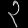
Digit: ၃